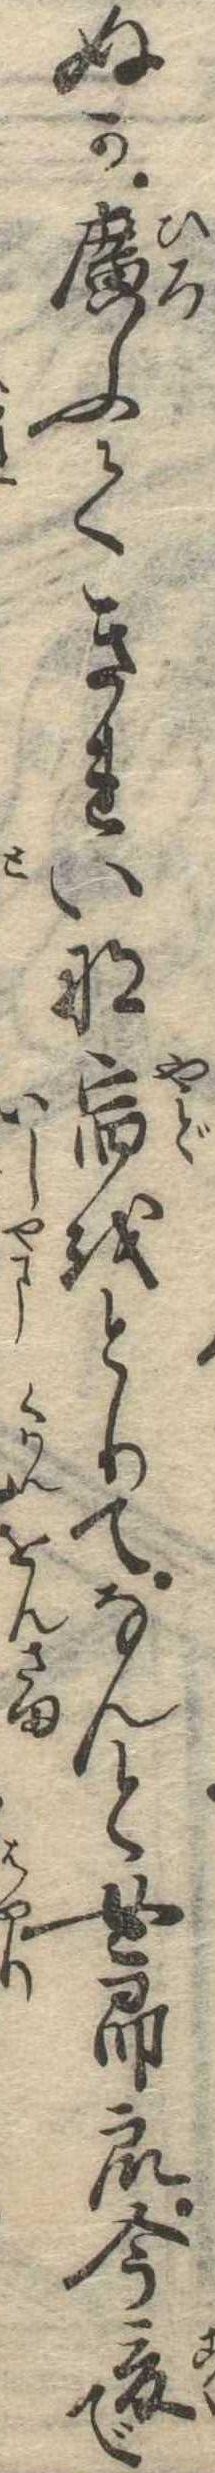
ぬか広ふてきれいな宿をとりてなんと女郎衆今爰で